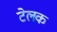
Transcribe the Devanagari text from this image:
टेलक